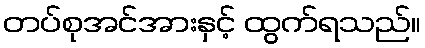
တပ်စုအင်အားနှင့် ထွက်ရသည်။